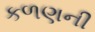
કળણની